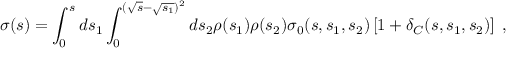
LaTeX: \sigma ( s ) = \int _ { 0 } ^ { s } d s _ { 1 } \int _ { 0 } ^ { ( \sqrt { s } - \sqrt { s _ { 1 } } ) ^ { 2 } } d s _ { 2 } \rho ( s _ { 1 } ) \rho ( s _ { 2 } ) \sigma _ { 0 } ( s , s _ { 1 } , s _ { 2 } ) \left[ 1 + \delta _ { C } ( s , s _ { 1 } , s _ { 2 } ) \right] \; ,